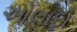
ઓલાદો